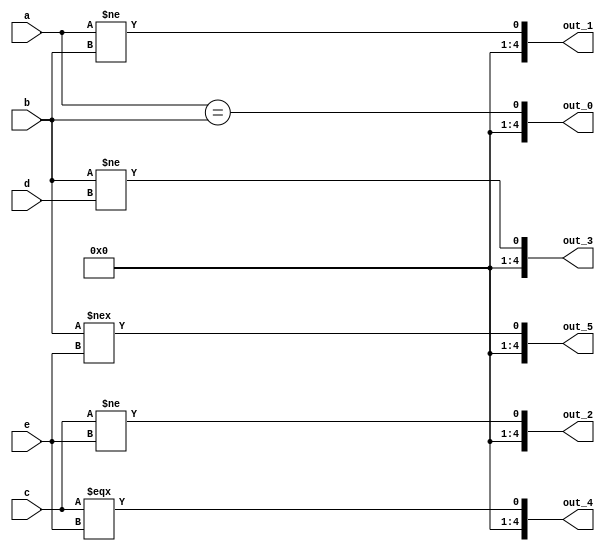
module equality(a, b, c, d, e, out_0, out_1, out_2, out_3, out_4, out_5);
input [4:0] a, b, c, d, e;
output [4:0] out_0, out_1, out_2, out_3, out_4, out_5;
//a=4'b1010; b=4'b0101; c=4'b000x; d=4'b100z; e=4'b00x0;

assign out_0 = a == b; //1'b0
assign out_1 = a != b; //1'b1
assign out_2 = c != e; //1'bx
assign out_3 = b != d; //1'b1
assign out_4 = c === e; //1'b0
assign out_5 = b !== e; //1'b1

endmodule